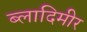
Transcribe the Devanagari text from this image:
ब्लादिमीर